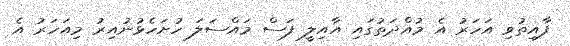
ފާއިތުވި އަހަރު އެ މުއްދަތުގައި އާއިލީ ފަސް މައްސަލަ ހުށަހެޅުނުއިރު މިއަހަރު އެ